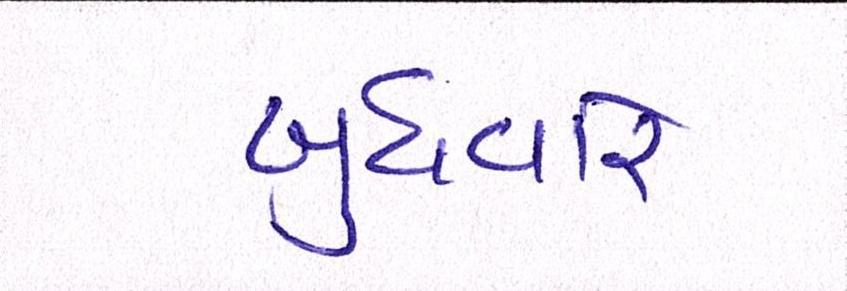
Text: બુધવારે